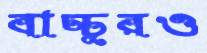
বাচ্চুরও